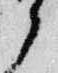
候